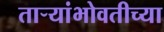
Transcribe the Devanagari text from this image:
ताऱ्यांभोवतीच्या